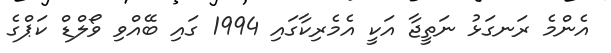
އެންމެ ރަނގަޅު ނަތީޖާ އަކީ އެމެރިކާގައި 1994 ގައި ބޭއްވި ވޯލްޑް ކަޕްގެ